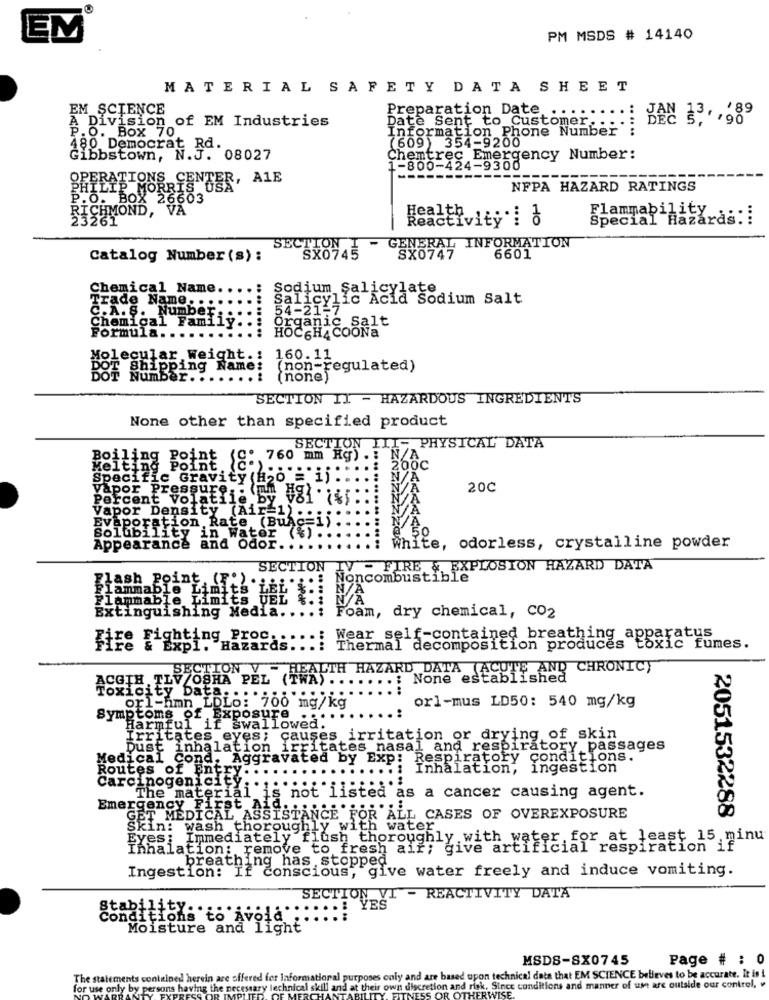
EM
PM MSDS # 14140
MATERIAL SAFETY DATA SHEET
EM_SCIENCE
Preparation Date .
A Division of EM Industries
P.O. Box 70
Date Sent to Customer .. ..
Information Phone Number"
(609) 354-9200
480 Democrat Rd.
Gibbstown, N.J. 08027
Chemtrec Emergency Number:
1-800-424-9300
OPERATIONS CENTER, ALE
PHILIP
NFPA HAZARD RATINGS
P.O. BOX 26603
RICHMOND, VA
23261
10
Special Hazaras: i
Flammability
SX0745
LON
- GENERAL INFORMATION
Catalog Number (s) :
SX0747
6601
Chemical Name.
Sodium Salicylate
Salicylic Acid Sodium Salt
Trade Name. ....
54-21-7
C.A.S. Number : .
Chemical Family
Eganic Salt
Formula. .
HOCGHA COONa
Lecular , Weight .: 160. 11
BOT Shipping Name:
(non-regulated)
Number. ...
(none)
SECTION II - HAZARDOUS INGREDIENTS
None other than specified product
SECTION
I- PHYSICAL" DATA
Boiling Point (C. 760 mm Hg) .
Melting Point.
200C
Specific Gravity (H20 ="ij
Vapor Pressure,
20℃
Percent Volatile by
Vapor Density (Air=1).
Evaporation Rate (BuAc=1)
Solubility in Water (%) .
Appearance and odor.
White, odorless, crystalline powder
SECTION
IV - FIRE & EXPLOSION HAZARD DATA
Flash Point (F.)
Noncombustible
Flammable Limits
Flammable Limits UEL
Extinguishing Media ..
Foam, dry chemical, CO2
Fire Fighting Proc.
Hazards :::
Wear self-contained breathing apparatus
Thermal decomposition produces toxic fumes.
SECTION V - HEALTH HAZARD DATA (ACUTE AND CHRONICY
ACGIH TLV /OSHA PEL (TWA) ..
: None established
Toxicity Data ...
orl-hmn LDLo: 700 mg/kg
orl-mus LD50: 540 mg/kg
Symptoms of Exposure
Harmful if swallowed.
Irritates eyes; causes irritation or drying of skin
Dust inhalation irritates nasal and respiratory passages
Medical Cond, Aggravated by Exp: Respiratory conditions.
Inhalation, ingestion
Routes of Entry. . .
Carcinogenicity.
The material is not listed as a cancer causing agent.
Emergency First Ai
GET MEDICAL ASSISTANCE FOR ALL CASES OF OVEREXPOSURE
Skin: wash thoroughly with water
Eyes; Immediately flush thoroughly with water for at least 15 minu
2051532288 5
Inhalation: remove to fresh air; give artificial respiration if
breathing has stopped
Ingestion: If conscious, give water freely and induce vomiting.
SECTION VI - REACTIVITY DATA
Stability ..
: YES
Conditions to Avola :
Moisture and light
MSDS-SX0745
Page # : 0
The statements contained herein are offered for Informational purposes only and are based upon technical data that EM SCIENCE believes to be accurate. It is i
for use only by persons having the necessary technical skill and at their own discretion and risk, Since conditions and manner of us are outside our control, v